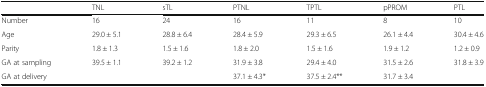
|  | TNL | sTL | PTNL | TPTL | pPROM | PTL |
 | --- | --- | --- | --- | --- | --- | --- |
 | Number | 16 | 24 | 16 | 11 | 8 | 10 |
 | Age | 29.0 ± 5.1 | 28.8 ± 6.4 | 28.4 ± 5.9 | 29.3 ± 6.5 | 26.1 ± 4.4 | 30.4 ± 4.6 |
 | Parity | 1.8 ± 1.3 | 1.5 ± 1.6 | 1.8 ± 2.0 | 1.5 ± 1.6 | 1.9 ± 1.2 | 1.2 ± 0.9 |
 | GA at sampling | 39.5 ± 1.1 | 39.2 ± 1.2 | 31.9 ± 3.8 | 29.4 ± 4.0 | 31.5 ± 2.6 | 31.8 ± 3.9 |
 | GA at delivery |  |  | 37.1 ± 4.3* | 37.5 ± 2.4** | 31.7 ± 3.4 |  |